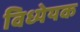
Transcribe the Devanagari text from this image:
विध्येयक